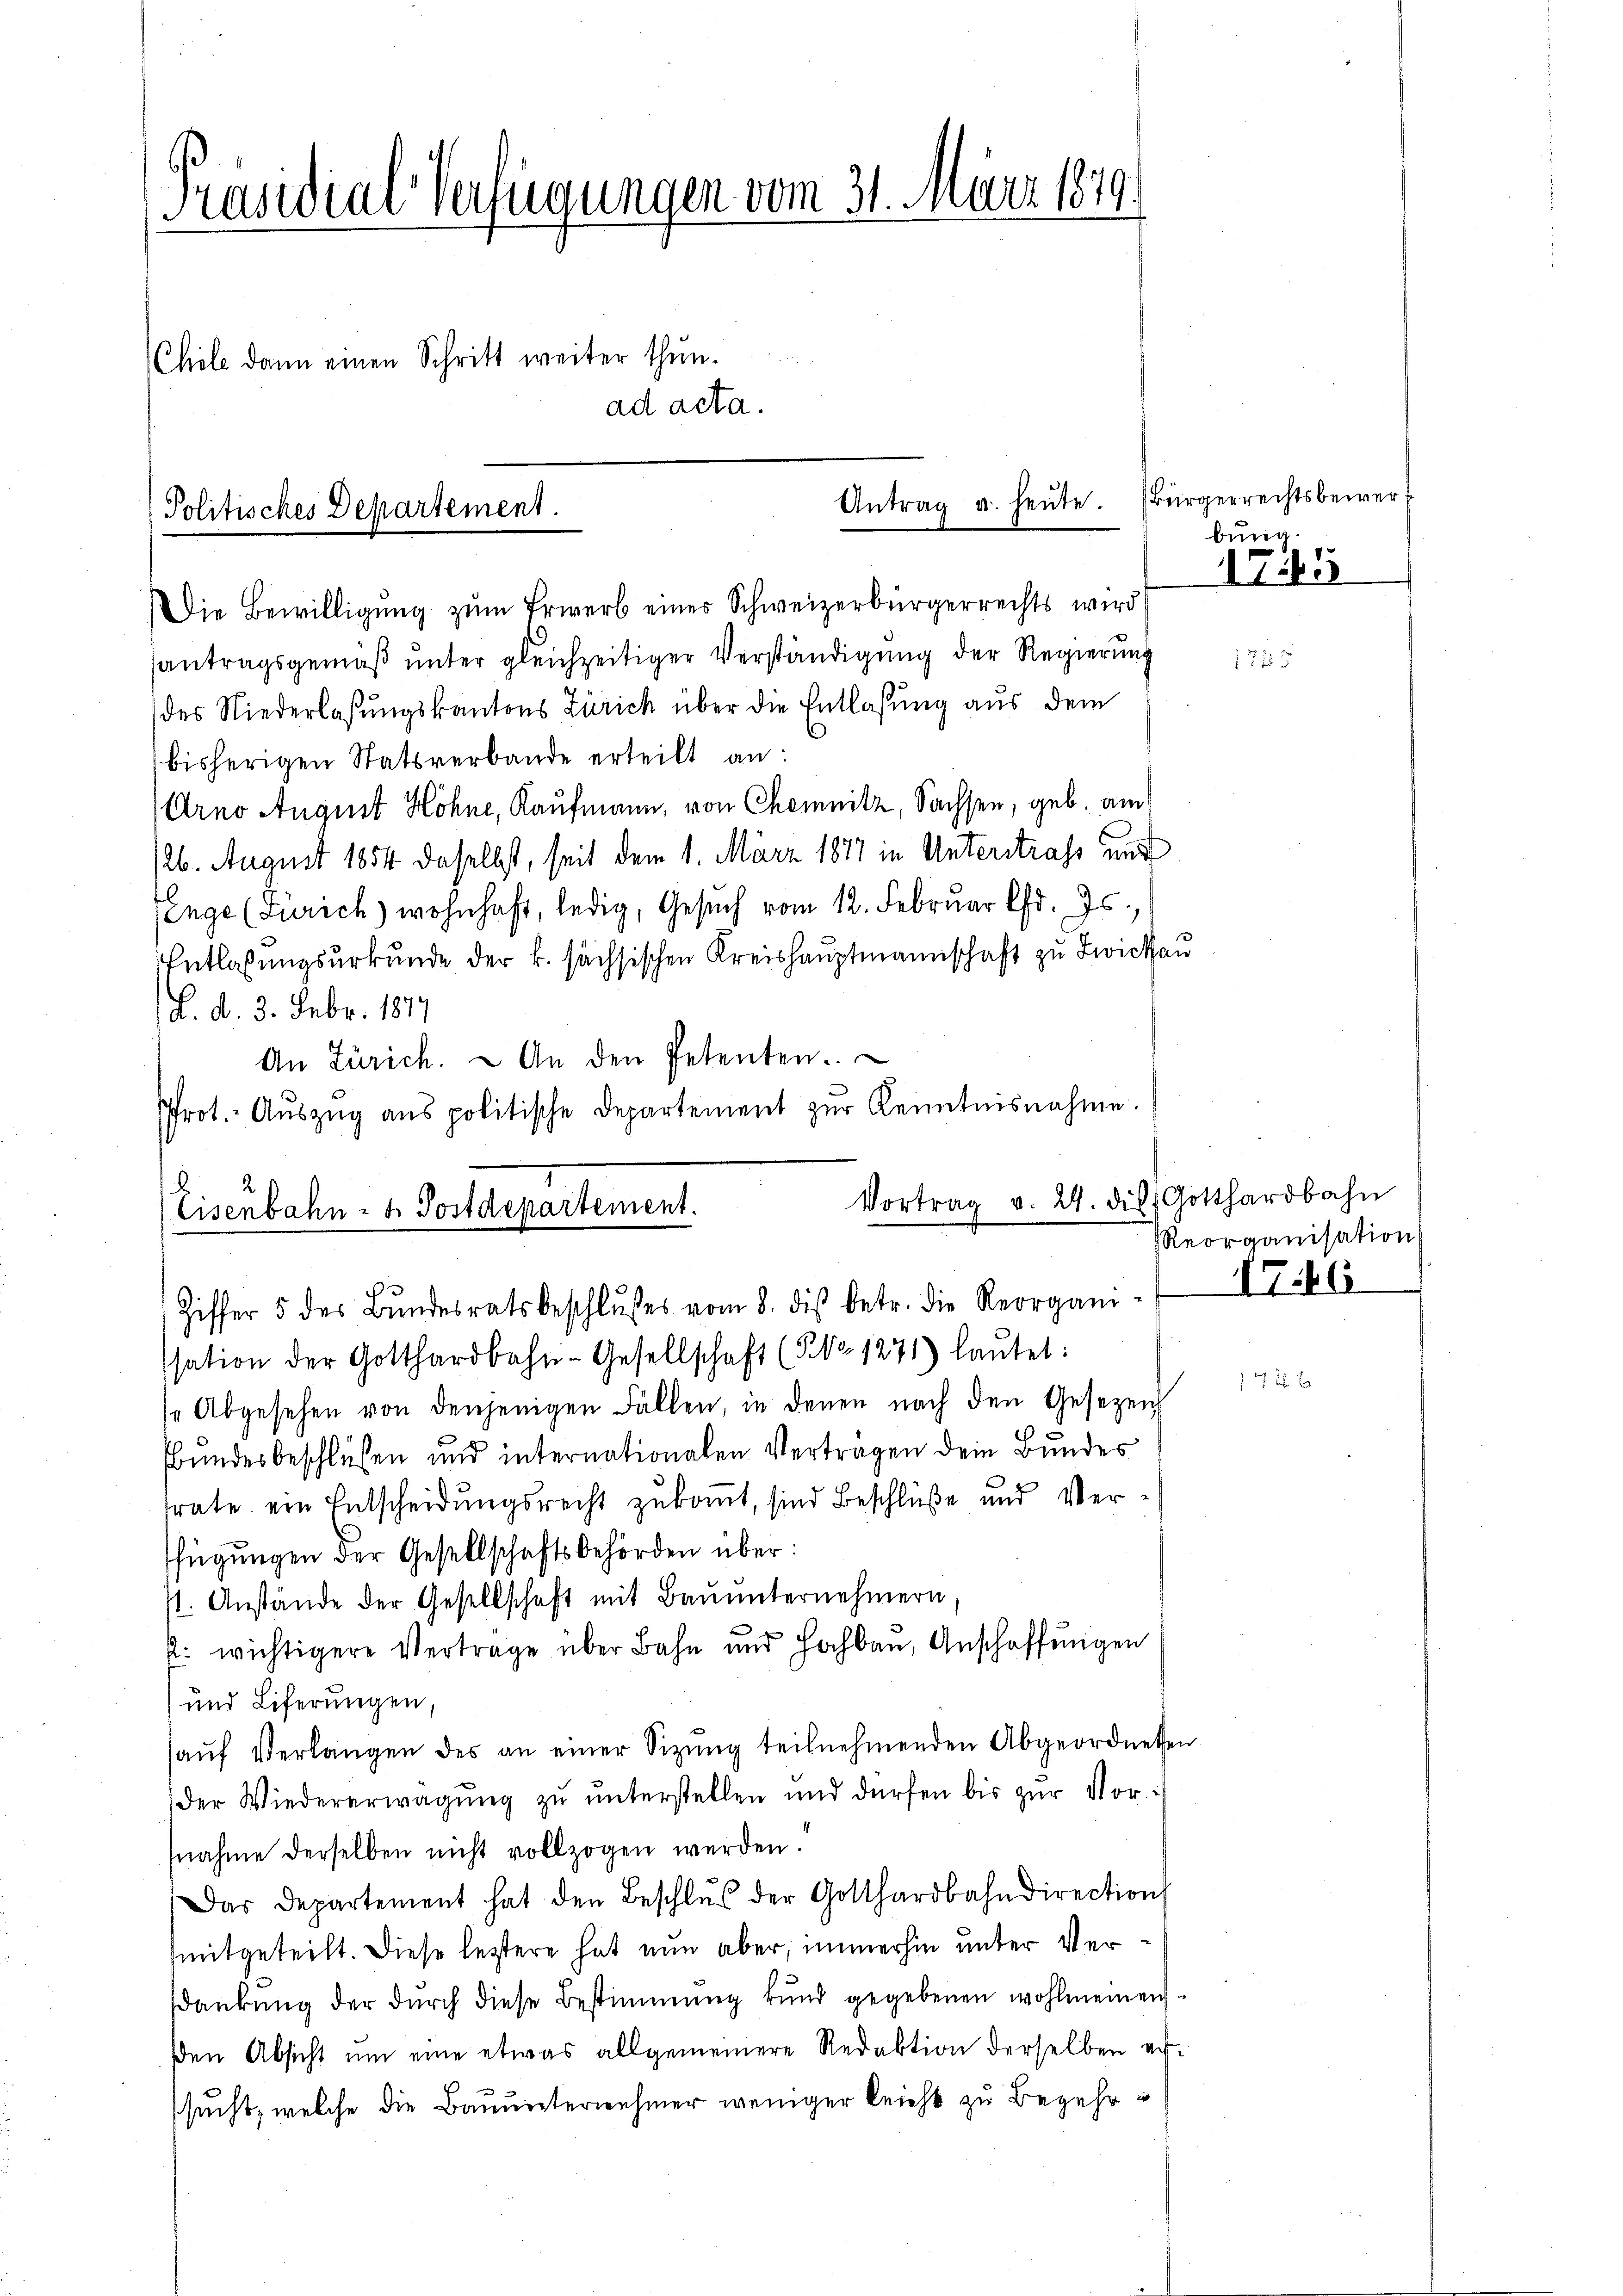
Präsidial-Verfügungen vom 31. März 1879.
Chile dann einen Schritt weiter thun.
ad acta.

Politisches Departement.

Die Bewilligung zum Erwerb eines Schweizerbürgerrechts wird
santragsgemäß unter gleichzeitiger Verständigung der Regierung
des Niederlaßungskantons Zürich über die Entlassung aus dem
bisherigen Statsverbande erteilt an:
Arno August Höhne, Kaufmann, von Chemnitz, Sachsen, geb. am
126. August 1854 daselbst, seit dem 1. März 1877 in Unterstrafe und
fenge (Zürich) wohnhaft, ledig, Gesuch vom 12. Februar d. Js.,
Entlaßungsurkunde der k. sächsischen Kreishauptmannschaft zu Zwicken
/d. d. 3. Febr. 1877
An Zürich. – An den Petenten.
Prot. Auszug aus politische Departement zur Kenntnisnahme.

Antrag u. heute.

Vortrag v. 24. dis
Eisenbahn- u. Postdepartement.
Ziffer 5 des Bŭndesratsbeschlŭsses vom 8. dis betr. die Reorgani-IEikl

Bürgerrechtsbewerf
bung.
1745

ssation der Gotthardbahn-Gesellschaft (§ 1271) laŭtet:
sAbgesehen von denjenigen Fällen, in denen nach den Gesezen

Bbundesbeschlüssen und internationalen Verträgen dein Bundes
srate ein Entscheidungsrecht zukommt, sind Beschlüße und Verffügŭngen der Gesellschaftsbehörden über:
st. Anstände der Gesellschaft mit Baŭŭnternehmern,
s. wichtigere Verträge über Bahn und Hochbau, Anschaffungen
und Liferungen,
aŭf Verlangen des an einer Sitzung teilnehmenden Abgeordneten
der Wiedererwägŭng zŭ ŭnterstellen und dürfen bis zŭr Vor-
snahme derselben nicht vollzogen werden.
Das Departement hat den Beschlŭs der Gotthardbahndirections
mitgeteilt. Diese leztere hat nun aber, immerhin unter Verankung der durch diese Bestimmung kund gegebenen wohlmeinen
den Absicht um eine etwas allgemeinere Redaktion derselben er-
ssucht, welche die Bauunternehmer weniger leicht zu Begehre

Gotthardbahn
Reorganisation